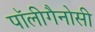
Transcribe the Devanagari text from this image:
पॉलीगैनोसी